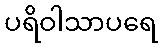
ပရိဝါသာပရေ